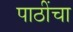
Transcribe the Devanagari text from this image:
पाठींचा